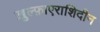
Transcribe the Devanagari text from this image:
ख़ुल्फ़ाएराशिदीन